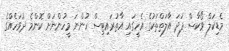
މެޑިކަލް ވޯކާސް ފަދަ އާލަތްތަކުގެ އެހީގައި އާތުރައިޓިސް ހުންނަ މީހުންނަށް ކޮންމެ ދުވަހެއްގެ